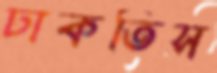
ঢাকতিস